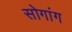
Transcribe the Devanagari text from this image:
सोगांग